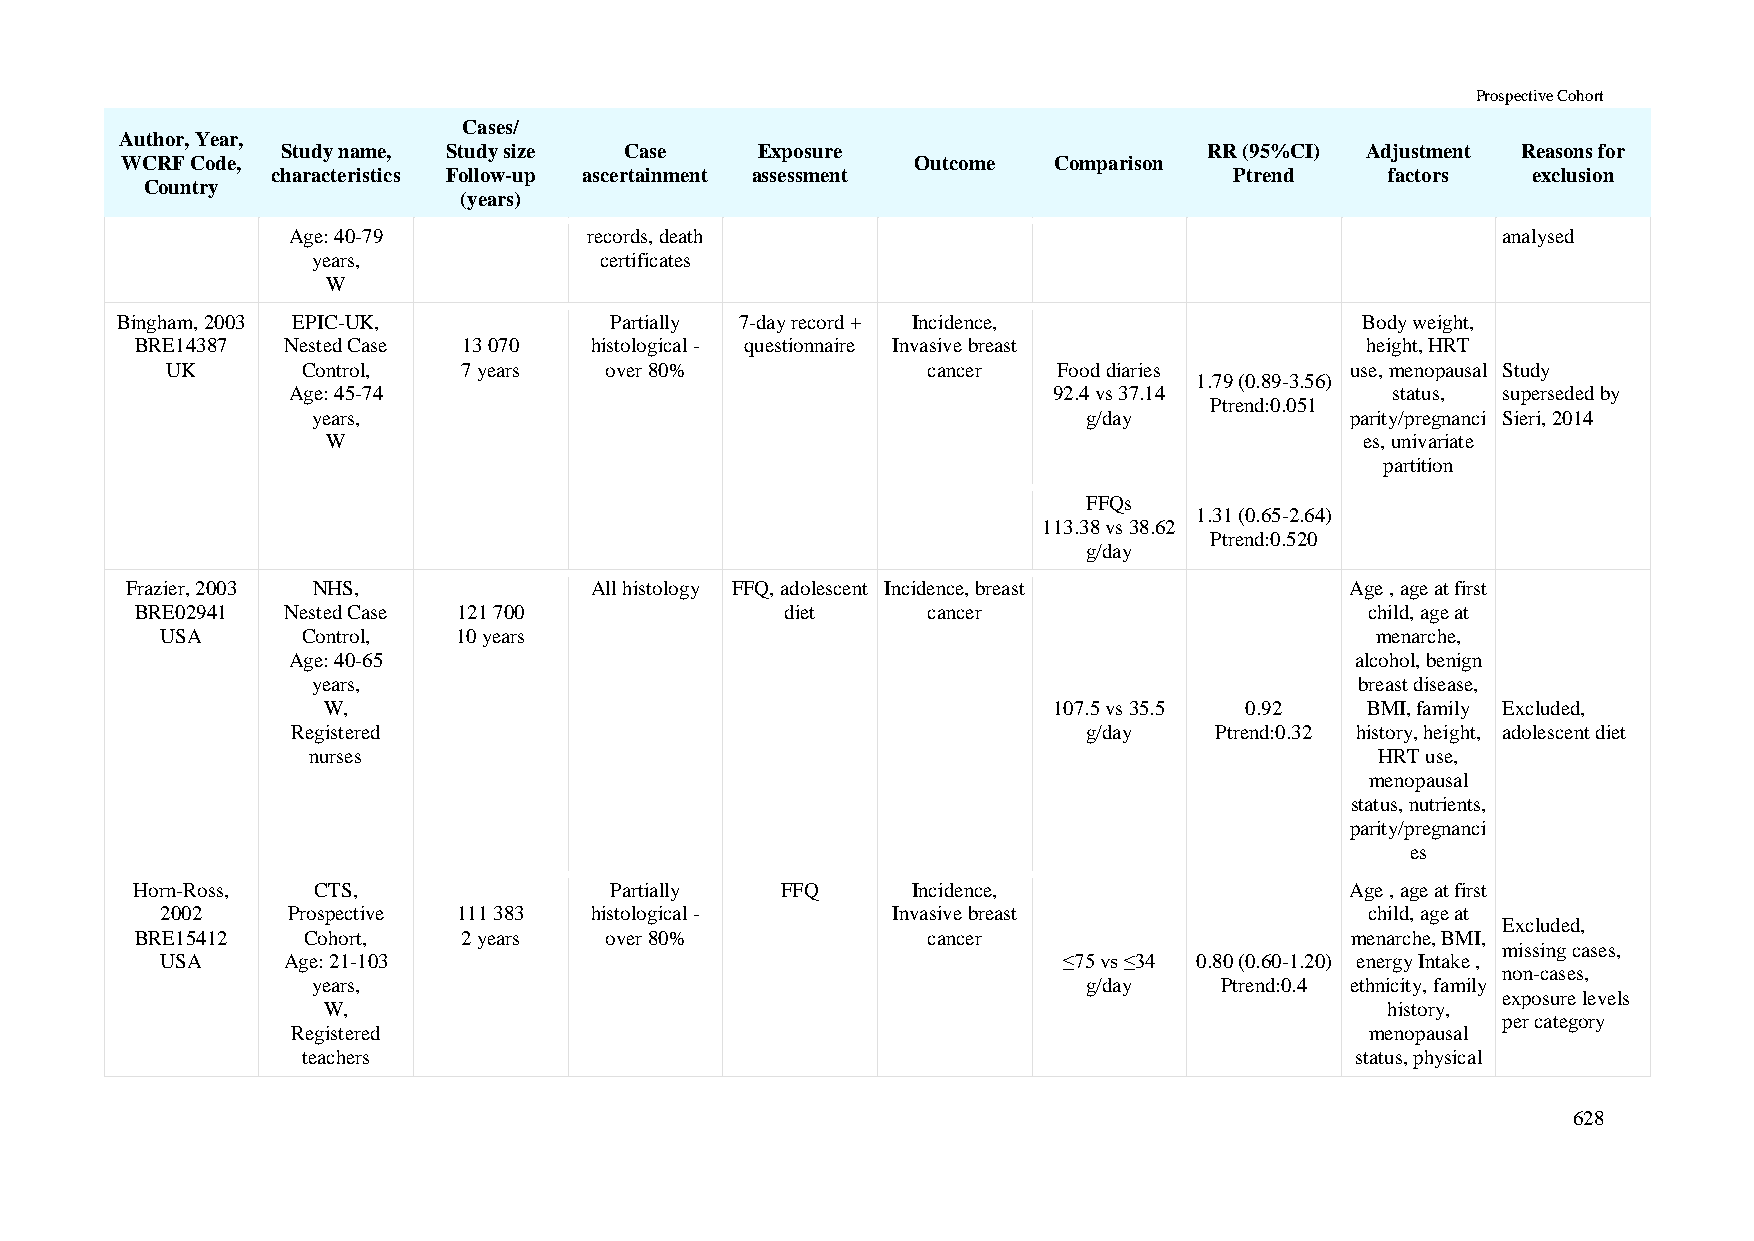
Prospective Cohort
 Cases/
 Author, Year,
 Study name, Study size Case    Exposure                      RR (95%CI) Adjustment Reasons for
 WCRF Code,                                           Outcome  Comparison
 characteristics Follow-up ascertainment assessment              Ptrend    factors  exclusion
 Country
 (years)
 Age: 40-79          records, death                                              analysed
 years,             certificates
 W
 Bingham, 2003 EPIC-UK,          Partially 7-day record + Incidence,               Body weight,
 BRE14387  Nested Case 13 070  histological - questionnaire Invasive breast       height, HRT
 UK       Control,   7 years  over 80%             cancer   Food diaries       use, menopausal Study
 1.79 (0.89-3.56)
 Age: 45-74                                         92.4 vs 37.14         status, superseded by
 Ptrend:0.051
 years,                                             g/day            parity/pregnanci Sieri, 2014
 W                                                                   es, univariate
 partition
 FFQs
 1.31 (0.65-2.64)
 113.38 vs 38.62
 Ptrend:0.520
 g/day
 Frazier, 2003 NHS,             All histology FFQ, adolescent Incidence, breast   Age , age at first
 BRE02941  Nested Case 121 700              diet     cancer                        child, age at
 USA      Control,  10 years                                                     menarche,
 Age: 40-65                                                             alcohol, benign
 years,                                                               breast disease,
 W,                                               107.5 vs 35.5 0.92  BMI, family Excluded,
 Registered                                           g/day   Ptrend:0.32 history, height, adolescent diet
 nurses                                                                 HRT use,
 menopausal
 status, nutrients,
 parity/pregnanci
 es
 Horn-Ross,  CTS,               Partially   FFQ     Incidence,                   Age , age at first
 2002    Prospective 111 383 histological -      Invasive breast                 child, age at
 Excluded,
 BRE15412   Cohort,    2 years  over 80%             cancer                      menarche, BMI,
 missing cases,
 USA     Age: 21-103                                        ≤75 vs ≤34 0.80 (0.60-1.20) energy Intake ,
 non-cases,
 years,                                             g/day    Ptrend:0.4 ethnicity, family
 exposure levels
 W,                                                                     history,
 per category
 Registered                                                              menopausal
 teachers                                                              status, physical
 628